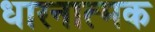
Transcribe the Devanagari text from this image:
धारनात्मक